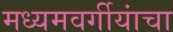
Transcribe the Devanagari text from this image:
मध्यमवर्गीयांचा